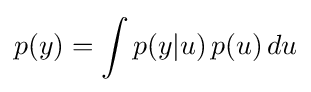
p(y)=\int p(y\vert u)\,p(u)\,du